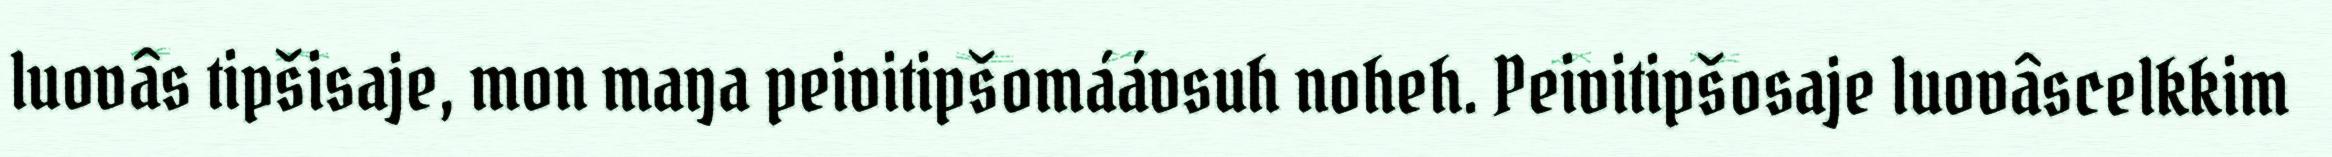
luovâs tipšisaje, mon maŋa peivitipšomáávsuh noheh. Peivitipšosaje luovâscelkkim